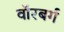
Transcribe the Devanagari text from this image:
वॉरबर्ग